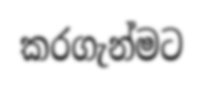
කරගැන්මට